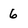
Character: 6